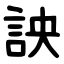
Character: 詇